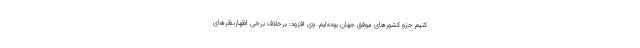
کنیم جزو کشورهای موفق جهان بوده‌ایم. وی افزود: برخلاف برخی اظهارنظرهای